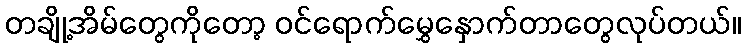
တချို့အိမ်တွေကိုတော့ ဝင်ရောက်မွှေနှောက်တာတွေလုပ်တယ်။